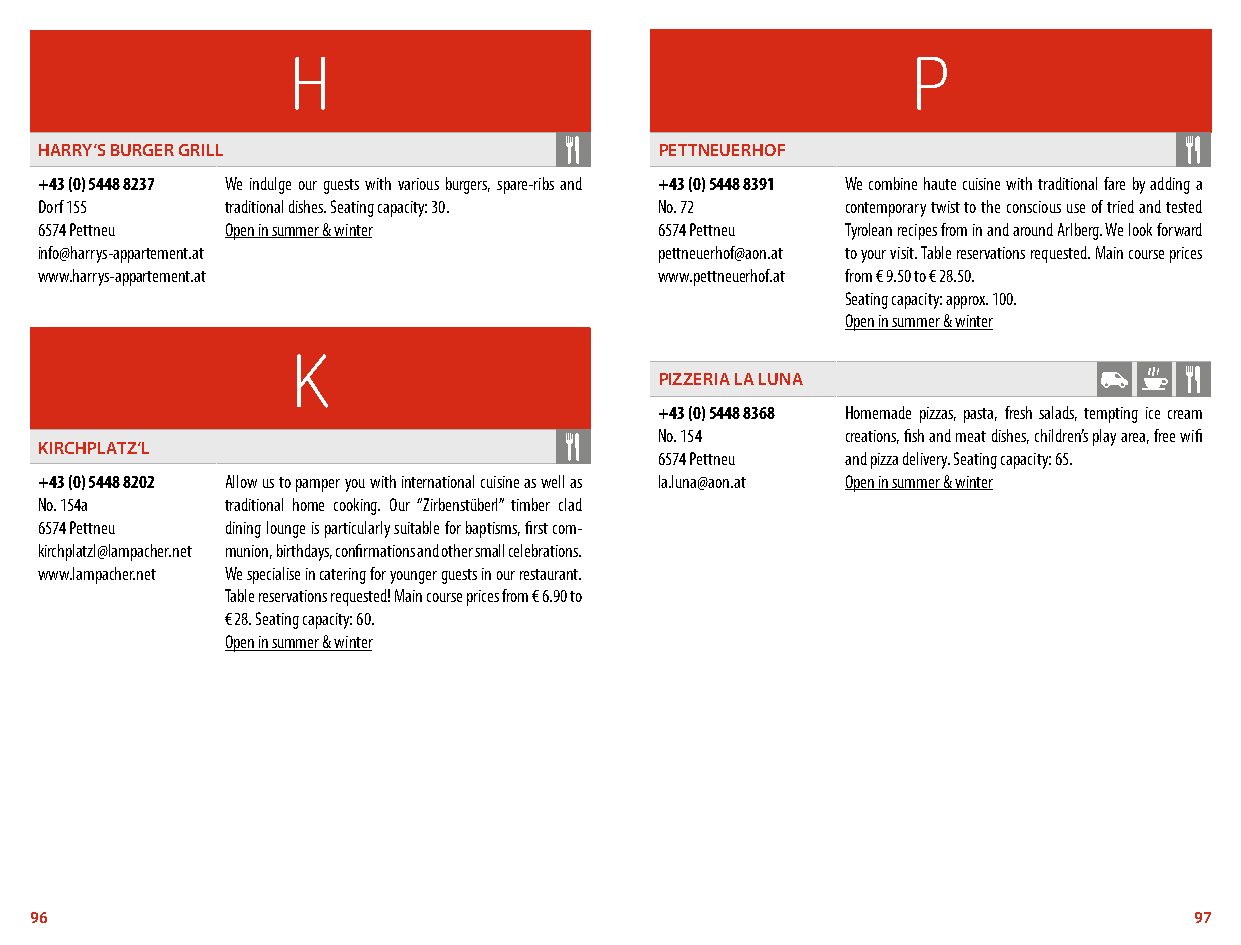
H                                        P
 HARRY‘S BURGER GRILL                     PETTNEUERHOF
 +43 (0) 5448 8237 We indulge our guests with various burgers, spare-ribs and +43 (0) 5448 8391 We combine haute cuisine with traditional fare by adding a
 Dorf 155    traditional dishes. Seating capacity: 30. No. 72 contemporary twist to the conscious use of tried and tested
 6574 Pettneu Open in summer & winter     6574 Pettneu Tyrolean recipes from in and around Arlberg. We look forward
 info@harrys-appartement.at               pettneuerhof@aon.at to your visit. Table reservations requested. Main course prices
 www.harrys-appartement.at                www.pettneuerhof.at from € 9.50 to € 28.50.
 Seating capacity: approx. 100.
 Open in summer & winter
 K
 PIZZERIA LA LUNA
 +43 (0) 5448 8368 Homemade pizzas, pasta, fresh salads, tempting ice cream
 No. 154     creations, fish and meat dishes, children’s play area, free wifi
 KIRCHPLATZ‘L
 6574 Pettneu and pizza delivery. Seating capacity: 65.
 +43 (0) 5448 8202 Allow us to pamper you with international cuisine as well as la.luna@aon.at Open in summer & winter
 No. 154a    traditional home cooking. Our “Zirbenstüberl” timber clad
 6574 Pettneu dining lounge is particularly suitable for baptisms, first com-
 kirchplatzl@lampacher.net munion, birthdays, confirmations and other small celebrations.
 www.lampacher.net We specialise in catering for younger guests in our restaurant.
 Table reservations requested! Main course prices from € 6.90 to
 € 28. Seating capacity: 60.
 Open in summer & winter
 96                                                                           97